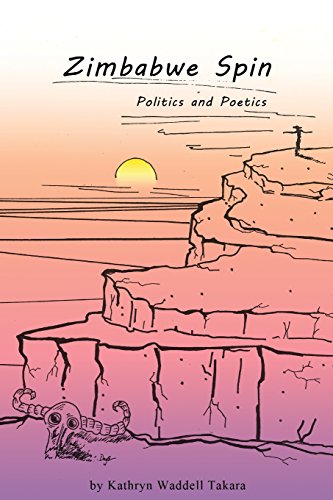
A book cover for Zimbabwe Spin: Politics and Poetics; Kathryn Waddell Takara; Travel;